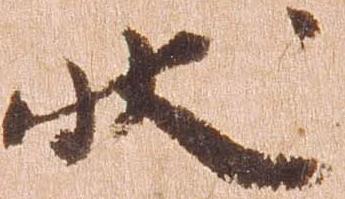
状